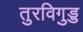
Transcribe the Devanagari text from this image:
तुरविगुड्ड